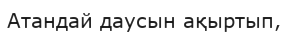
Атандай даусын ақыртып,